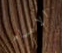
الامام